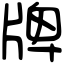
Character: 牌